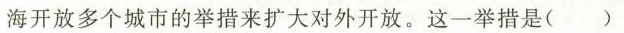
海开放多个城市的举措来扩大对外开放。这一举措是()